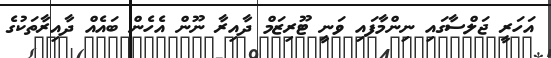
އަހަރީ ޖަލްސާގައި ނިންމާފައި ވަނީ ޓޫރިޒަމް ދާއިރާ ނޫން އެހެން ބައެއް ދާއިރާތަކުގެ